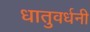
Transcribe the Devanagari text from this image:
धातुवर्धनी